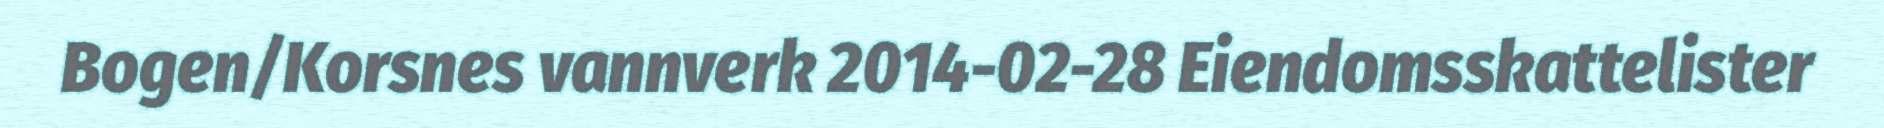
Bogen/Korsnes vannverk 2014-02-28 Eiendomsskattelister